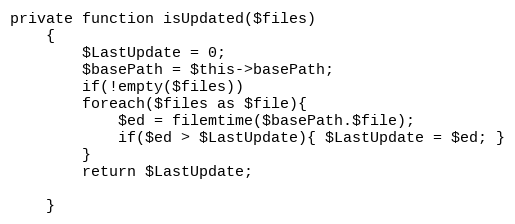
Language: PHP
private function isUpdated($files)
	{
		$LastUpdate = 0;
		$basePath = $this->basePath;
		if(!empty($files))
		foreach($files as $file){
			$ed = filemtime($basePath.$file);
			if($ed > $LastUpdate){ $LastUpdate = $ed; }
		}
		return $LastUpdate;

	}